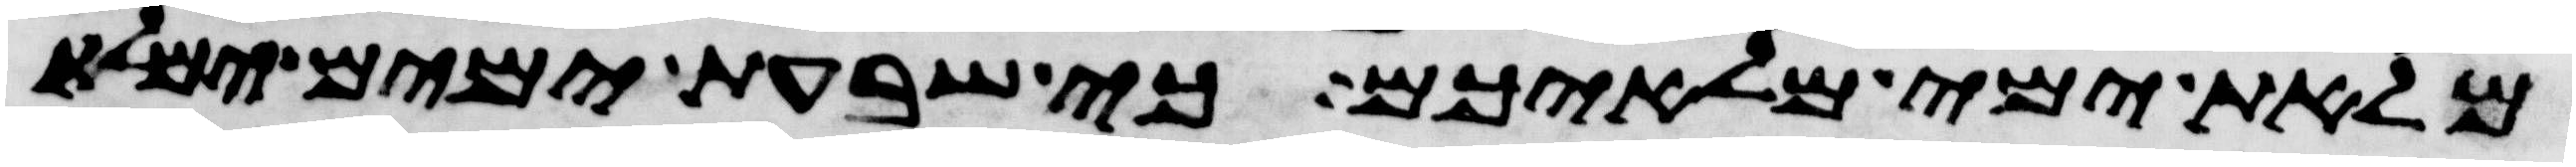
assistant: מלאת ימי מלאיכם כי שבעת ימים ימלא